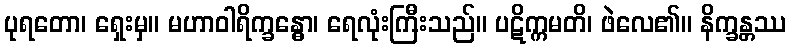
ပုရတော၊ ရှေးမှ။ မဟာဝါရိက္ခန္ဓော၊ ရေလုံးကြီးသည်။ ပဋိက္ကမတိ၊ ဖဲလေ၏။ နိက္ခန္တဿ